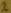
Text: 2